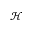
\mathcal { H }